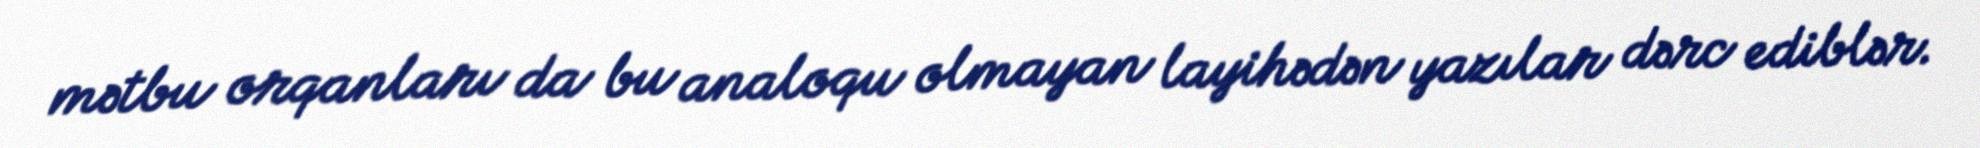
mətbu orqanları da bu analoqu olmayan layihədən yazılar dərc ediblər.